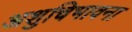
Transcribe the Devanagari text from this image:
अशुचिभावना